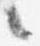
言